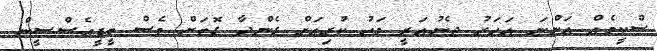
ސްކީމެއް އަންނަ އަހަރު ޖެނުއަރީ މަހު ކުރިއަށް ގެންދާ ގޮތަށް ވެސް ބީޑީއެސްސީން